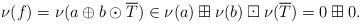
LaTeX: \begin{align*}\nu(f)=\nu(a\oplus b \odot \overline{T}) \in \nu(a)\boxplus \nu(b)\boxdot \nu(\overline{T})=0\boxplus 0.\end{align*}